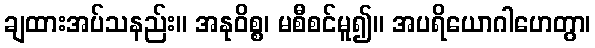
ချထားအပ်သနည်း။ အနုဝိစ္စ၊ မစီစင်မူ၍။ အပရိယောဂါဟေတွာ၊